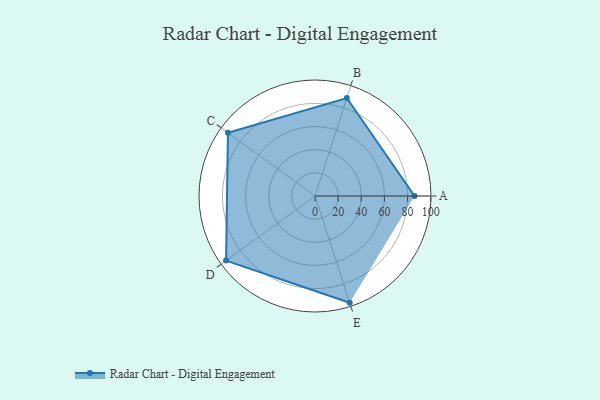
{"axis": {"x": "Skill", "y": "Score"}, "legend": ["Profile"], "data": [{"x": "A", "y": 86.0, "type": "Profile"}, {"x": "B", "y": 89.0, "type": "Profile"}, {"x": "C", "y": 93.0, "type": "Profile"}, {"x": "D", "y": 95.0, "type": "Profile"}, {"x": "E", "y": 97.0, "type": "Profile"}]}